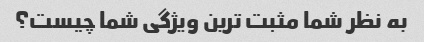
به نظر شما مثبت ترین ویژگی شما چیست؟